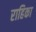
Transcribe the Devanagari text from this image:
राहिका